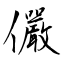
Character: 儼